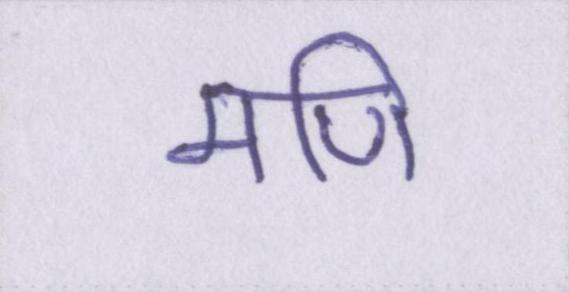
मणि